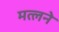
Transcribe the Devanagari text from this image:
मत्लने